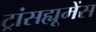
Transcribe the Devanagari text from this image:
ट्रांसह्यूमेंस